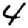
Digit: 4